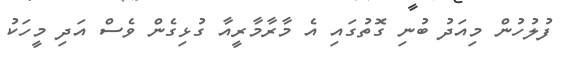
ފުލުހުން މިއަދު ބުނި ގޮތުގައި އެ މާރާމާރީއާ ގުޅިގެން ވެސް އަދި މީހަކު